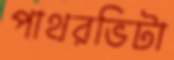
পাথরভিটা